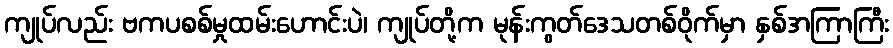
ကျုပ်လည်း ဗကပစစ်မှုထမ်းဟောင်းပဲ၊ ကျုပ်တို့က မုန်းကွတ်ဒေသတစ်ဝိုက်မှာ နှစ်အကြာကြီး